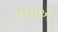
દાવાએ